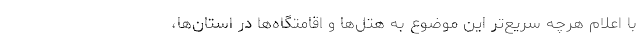
با اعلام هرچه سریع‌تر این موضوع به هتل‌ها و اقامتگاه‌ها در استان‌ها،